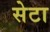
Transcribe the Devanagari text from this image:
सेटा